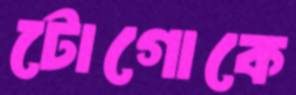
টোগোকে